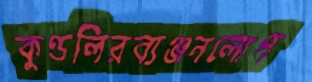
কুণ্ডলিরব্যঞ্জনলোপ